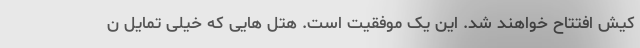
کیش افتتاح خواهند شد. این یک موفقیت است. هتل هایی که خیلی تمایل ن